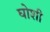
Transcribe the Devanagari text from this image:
घोशी